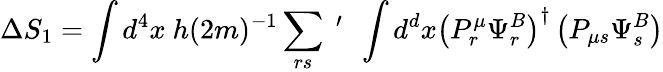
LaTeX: \Delta S_{1}=\int d^{4}x~h(2m)^{-1}\sum_{rs}~^{\prime}~~\int d^{d}x\left(P_{r}^{\mu}\Psi_{r}^{B}\right)^{\dagger}\left(P_{\mu s}\Psi_{s}^{B}\right)